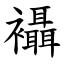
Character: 襵